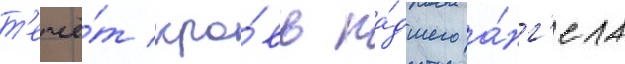
т'ечё́т кро́вь па́дшего а́нг'ела